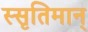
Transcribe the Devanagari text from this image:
स्सृतिमान्